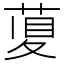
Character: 𦴲